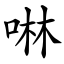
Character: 啉